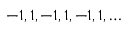
- 1 , 1 , - 1 , 1 , - 1 , 1 , \ldots